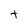
Character: t